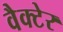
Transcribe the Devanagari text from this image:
वैक्टेर